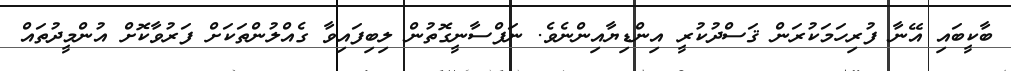
ބާކީބައި އޭނާ ފުރިހަމަކުރަން ޤަސްދުކުރީ އިންޑިޔާއިންނެވެ. ނަފްސާނީގޮތުން ލިބިފައިވާ ގެއްލުންތަކަށް ފަރުވާކޮށް އުންމީދުތައް